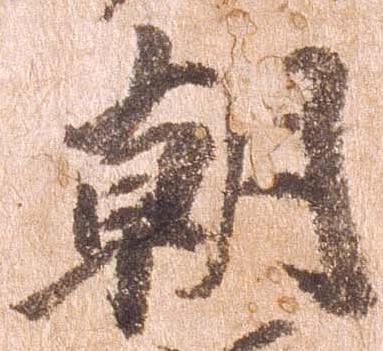
朝